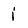
Character: i